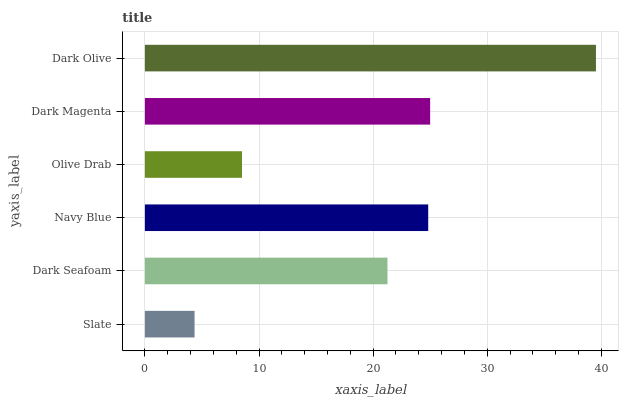
| yaxis_label | bars |
 | --- | --- |
 | Slate | 4.35 |
 | Dark Seafoam | 21.3 |
 | Navy Blue | 24.8 |
 | Olive Drab | 8.51 |
 | Dark Magenta | 25 |
 | Dark Olive | 39.5 |